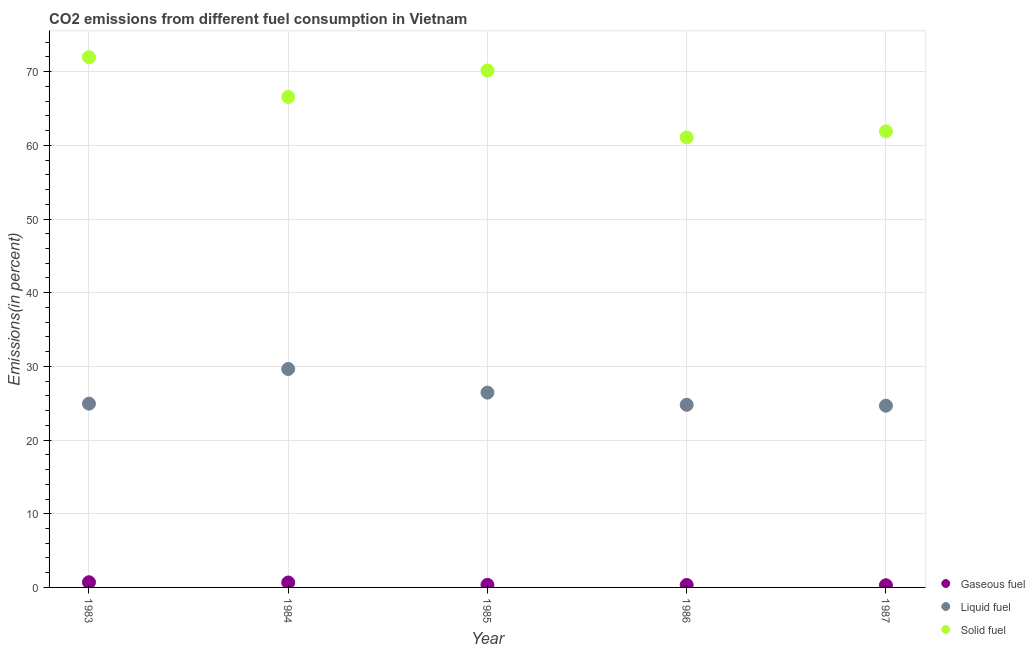
| Year | Gaseous fuel | Liquid fuel | Solid fuel |
 | --- | --- | --- | --- |
 | 1983 | 0.702 | 24.9 | 72 |
 | 1984 | 0.669 | 29.6 | 66.6 |
 | 1985 | 0.347 | 26.4 | 70.2 |
 | 1986 | 0.333 | 24.8 | 61.1 |
 | 1987 | 0.297 | 24.7 | 61.9 |